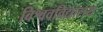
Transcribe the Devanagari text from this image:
विश्ववविद्यालय